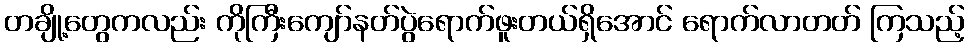
တချို့တွေကလည်း ကိုကြီးကျော်နတ်ပွဲရောက်ဖူးတယ်ရှိအောင် ရောက်လာတတ် ကြသည့်